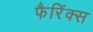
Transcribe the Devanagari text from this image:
फैरिंक्स